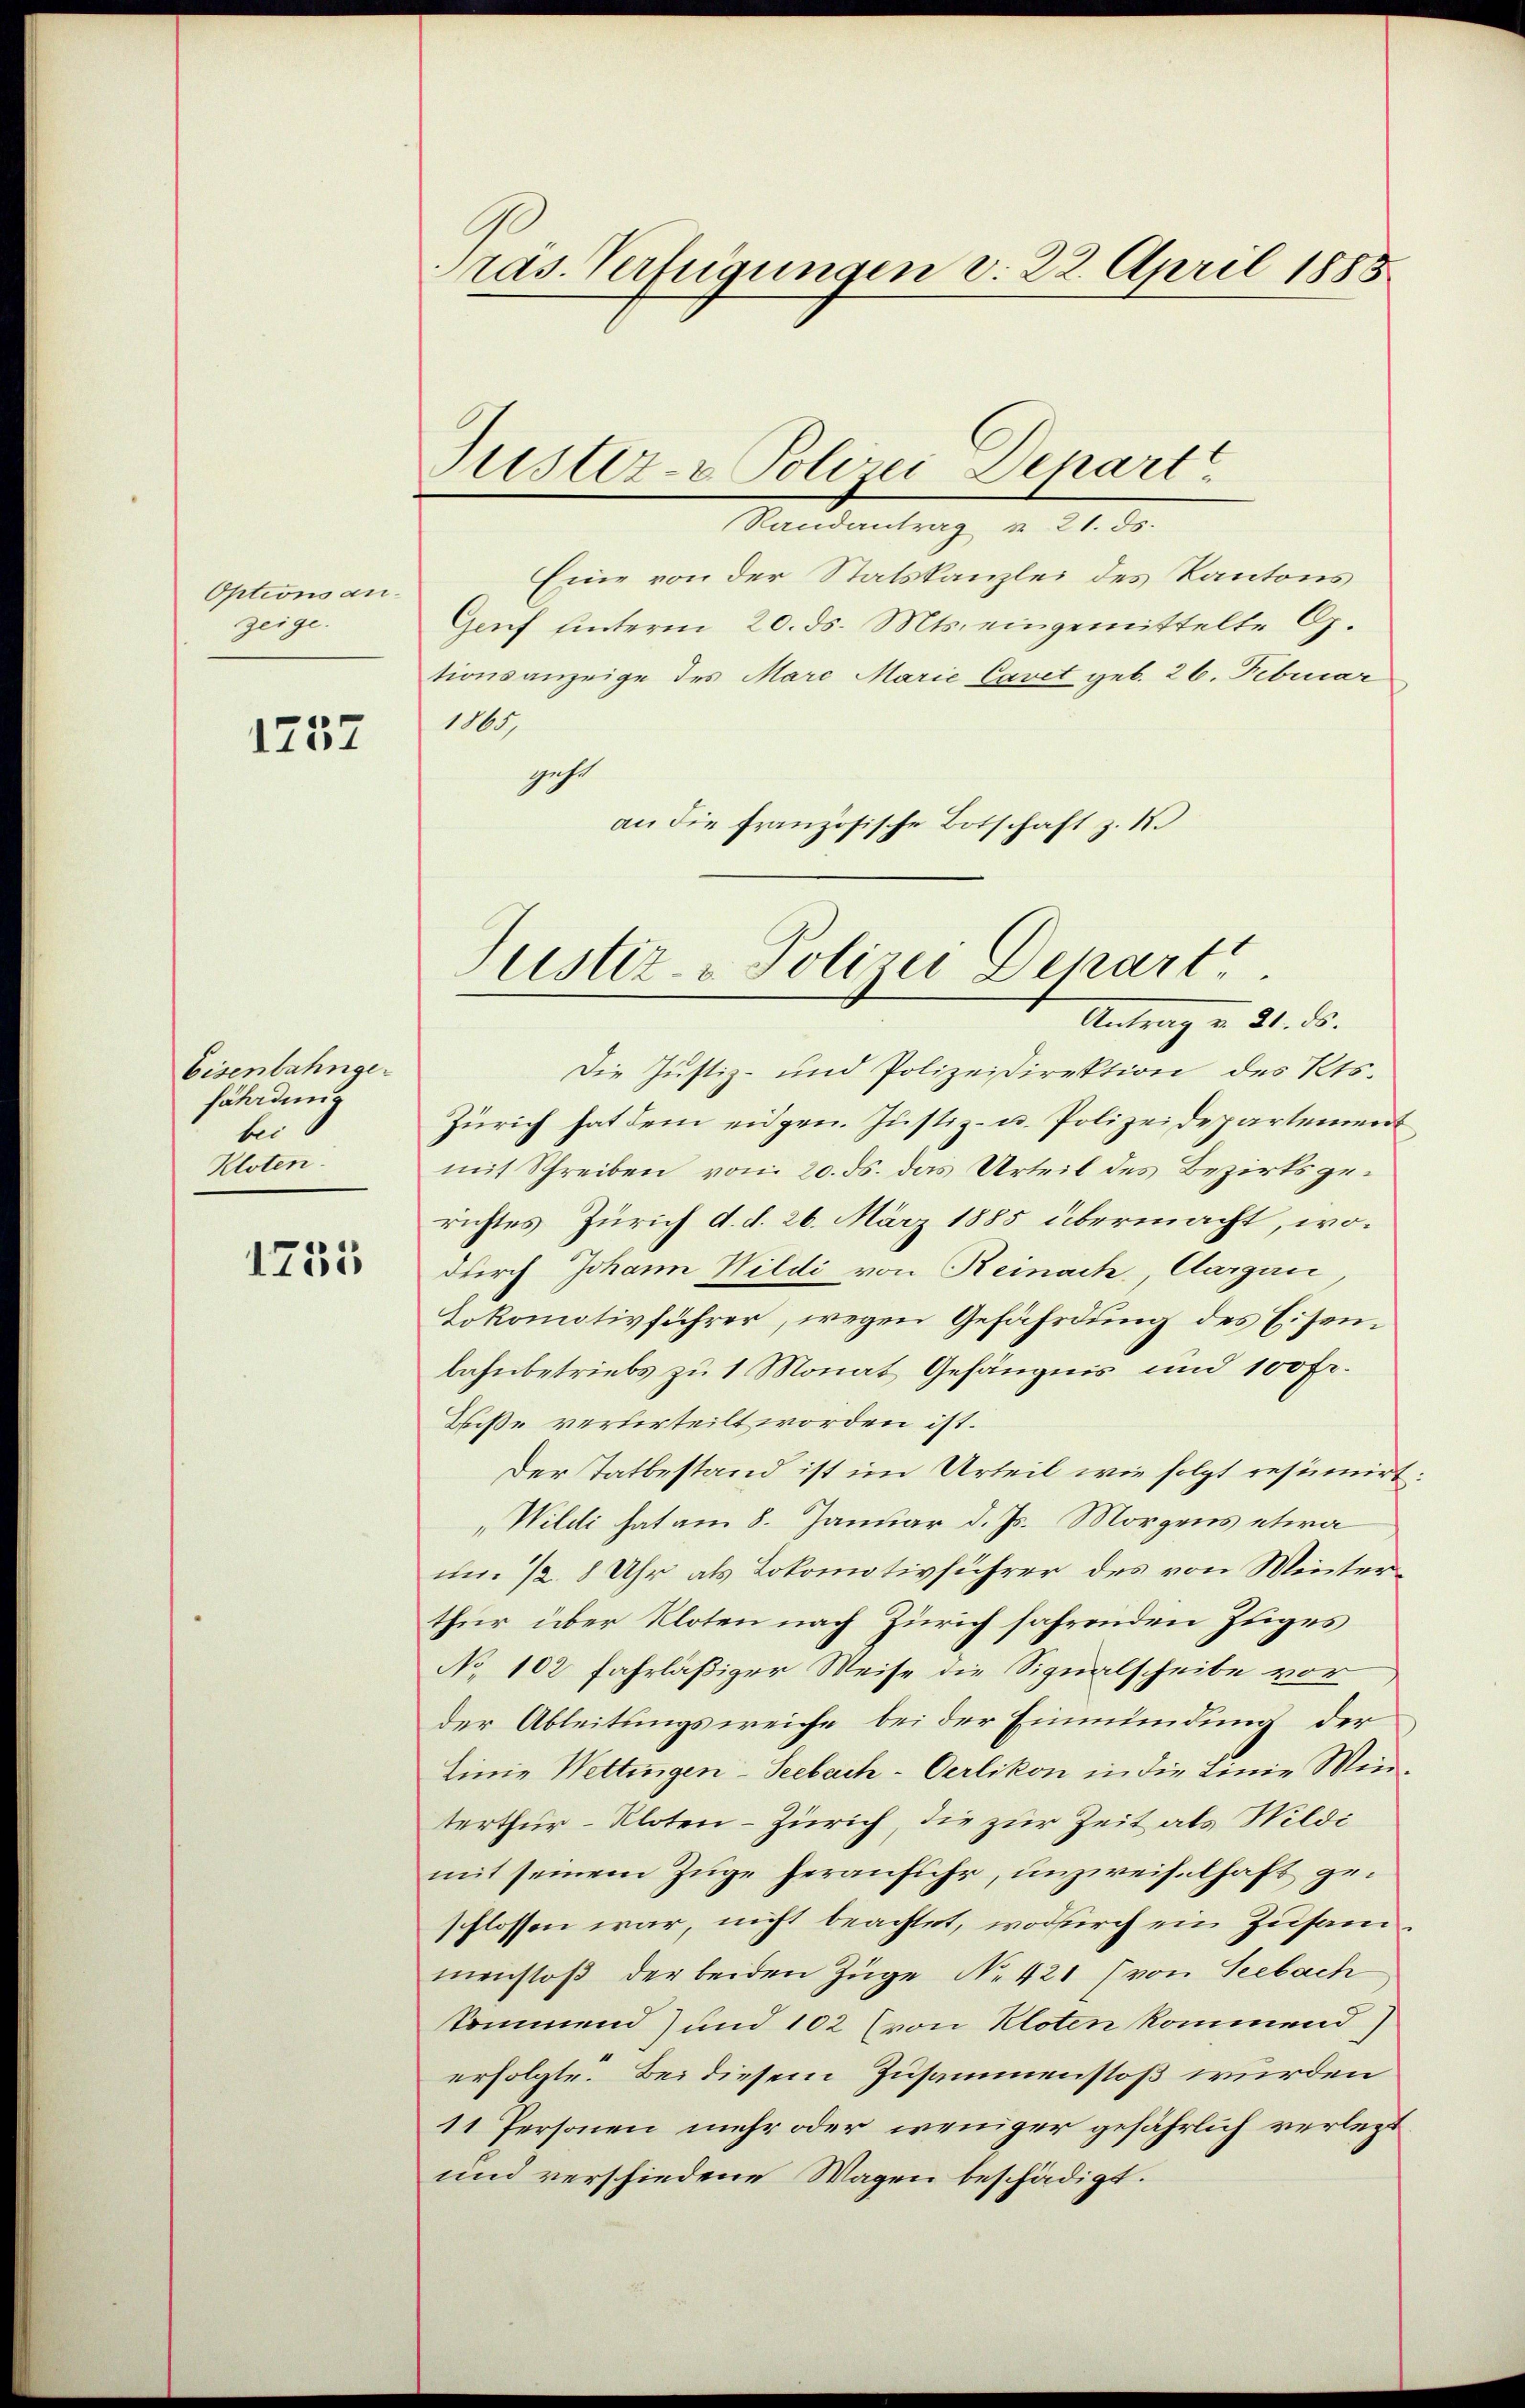
Options anzeige.

1737

Eisenbahnge-
fährdung
bei
Kloten.

1755

ras. Verfügungen d. 22. April 1885.

Justiz- & Polizei Depart

Randantrag § 21. ds.
Eine von der Statskanzlei des Kantons
Genf unterm 20. ds. Mts. eingemittelte G.
tionsanzeige des Mare Marie Cavet geb. 26. Februar
1865,
gehe
an die französische Botschaft z. B.

Justiz- & Polizei Depart

Antrag v. 21. ds.
Die Justiz- und Polizeidirektion des Kts.
Zürich hat dem eidgen. Justiz- u. Polizeidepartement
mit Schreiben von 20. ds. das Urteil des Bezirksgerichtes Zürich d. d. 26. März 1885 übermacht, wodurch Johann Wildi von Reinach, Aargau
Lokomotivführer, wegen Gefährdung des Eisenbahnbetriebs zu 1 Monat Gefängnis und 100 Fr.
Biße verterteilt worden ist.
Der Tatbestand ist im Urteil wie folgt resumirt:
„Wildi hat am 8. Januar d. Js. Morgens etwa
um ½ 8 Uhr als Lokomotivführer des von Winterthur über Kloten nach Zürich fahrenden Zuges
No 102 fahrläßiger Weise die Signalscheibe vor
der Ableitungsweiche bei der Einmündung der
linie Wettingen-Seebach-Oerlikon in die Linie Winterthur–Kloten-Zürich, die zur Zeit als Wildi
mit seinem Zuge heranfuhr, unzweifelhaft geschlossen war, nicht beachtet, wodurch ein Zusammenstoß der beiden Züge No. 421 (von Seebach
kommend) und 102 (von Kloten kommend)
erfolgte. Bei diesem Zusammenstoß wurden
11 Personen mehr oder weniger gefährlich verlegt
und verschiedene Wagen beschädigt.